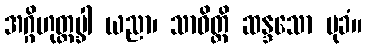
အဂ္ဂိဟုတ္တမ္ခါ ယညာ၊ သာဝိတ္တိ ဆန္ဒသော မုခံ။